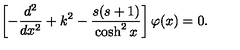
\left[ - \frac { d ^ { 2 } } { d x ^ { 2 } } + k ^ { 2 } - \frac { s ( s + 1 ) } { \cosh ^ { 2 } x } \right] \varphi ( x ) = 0 .